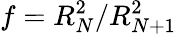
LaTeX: f=R_{N}^{2}/R_{N+1}^{2}